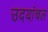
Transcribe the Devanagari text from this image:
उदयांचल